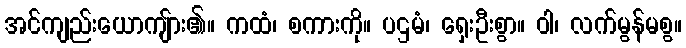
အင်ကျည်းယောကျ်ား၏။ ကထံ၊ စကားကို။ ပဌမံ၊ ရှေးဦးစွာ။ ဝါ၊ လက်မွန်မစွ။